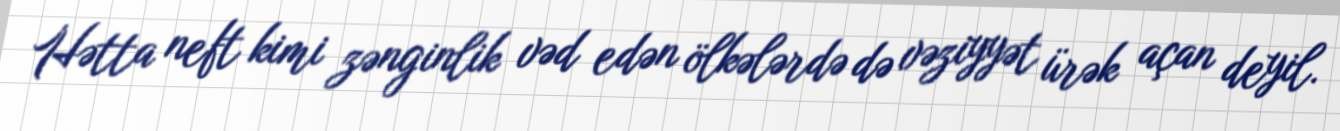
Hətta neft kimi zənginlik vəd edən ölkələrdə də vəziyyət ürək açan deyil.